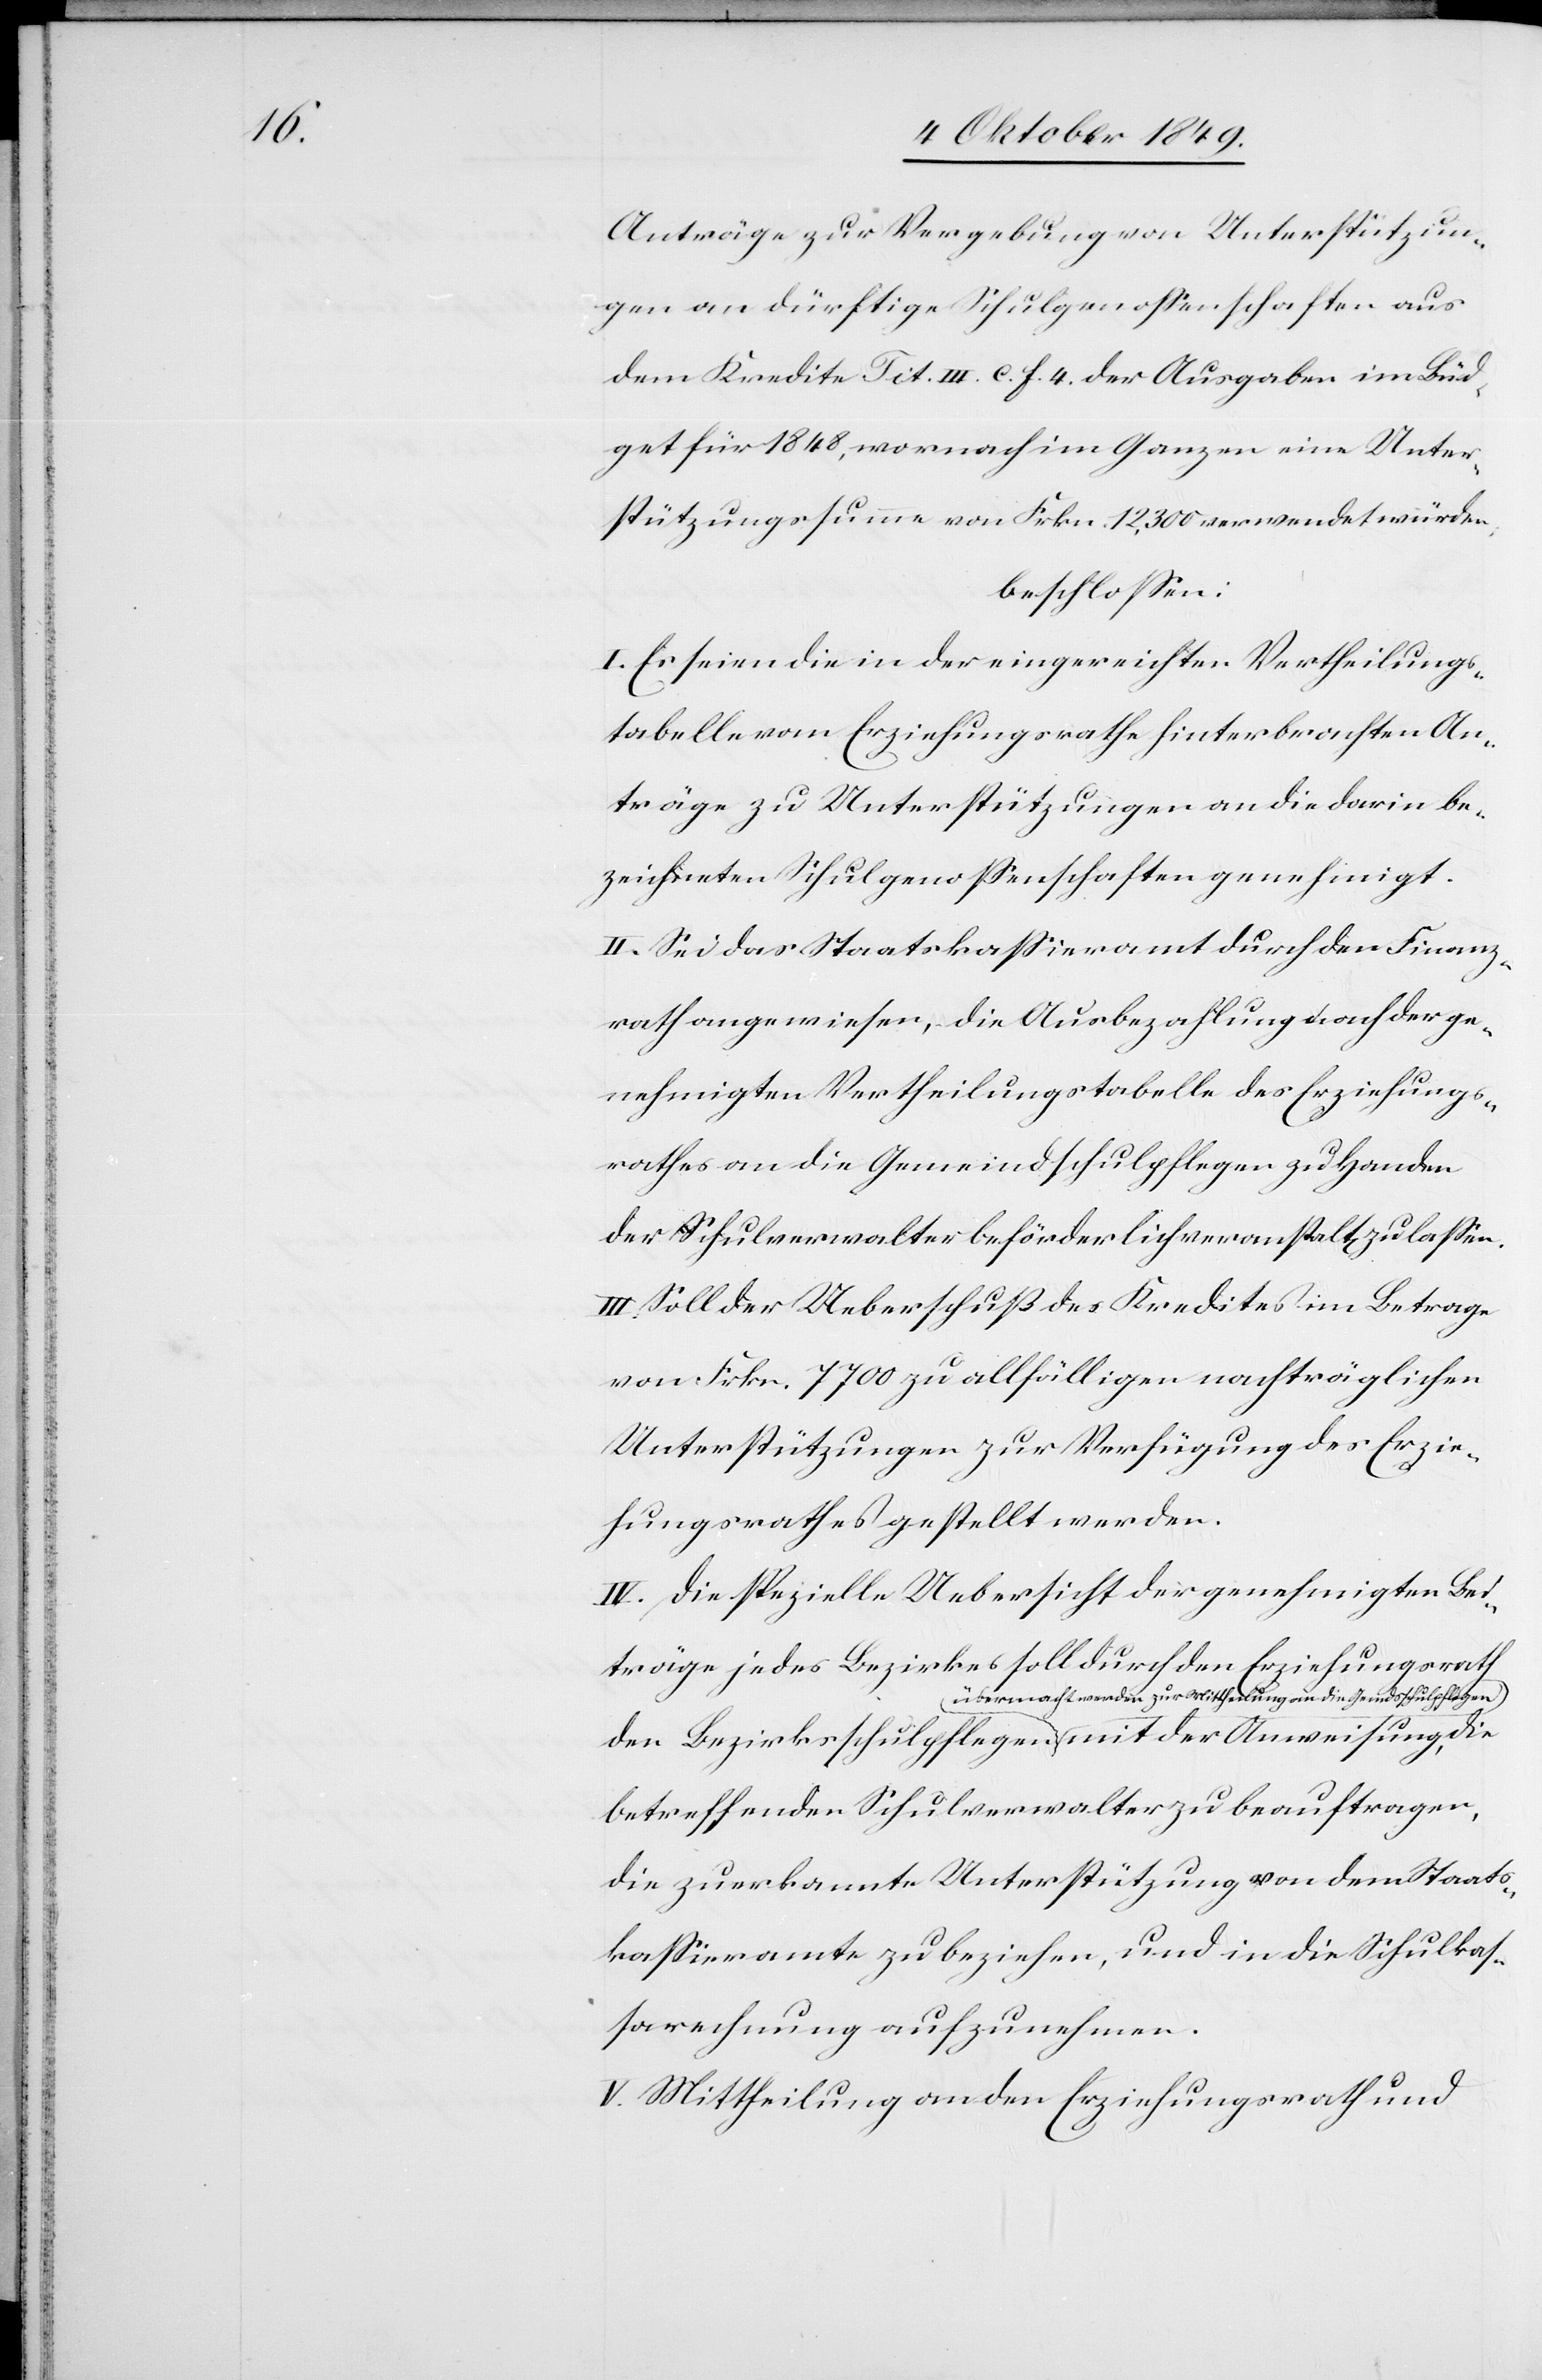
Anträge zur Vergebung von Unterstützun¬
gen an dürftige Schulgenoßenschaften aus
dem Kredite Tit. III c. f. 4 der Ausgaben im Büd¬
get für 1848, wornach im Ganzen eine Unter¬
stützungssumme von Frkn. 12,300 verwendet würden
beschloßen:
I. Es seien die in der eingereichten Vertheilungs¬
tabelle vom Erziehungsrathe hinterbrachten An¬
träge zu Unterstützungen an die darin be¬
zeichneten Schulgenoßenschaften genehmigt.
II. Sei das Staatskaßieramt durch den Finanz¬
rath angewiesen, die Ausbezahlung nach der ge¬
nehmigten Vertheilungstabelle des Erziehungs¬
rathes an die Gemeindsschulpflegen zu Handen
der Schulverwalter beförderlich veranstalt[en] zu laßen.
III. Soll der Ueberschuß des Kredites im Betrag
von Frkn. 7700 zu allfälligen nachträglichen
Unterstützungen zur Verfügung des Erzie¬
hungsrathes gestellt werden.
IV. Die spezielle Uebersicht der genehmigten Bei¬
träge jedes Bezirkes soll durch den Erziehungsrath
die Gemdsschulpflegen mit der Anweisung die
betreffenden Schulverwalter zu beauftragen,
die zuerkannte Unterstützung von dem Staats¬
kaßieramte zu beziehen, und in die Schulka¬
ßarechnung aufzunehmen.
V. Mittheilung an den Erziehungsrath und